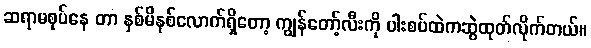
ဆရာမစုပ်နေ တာ နှစ်မိနစ်လောက်ရှိတော့ ကျွန်တော့်လီးကို ပါးစပ်ထဲကဆွဲထုတ်လိုက်တယ်။